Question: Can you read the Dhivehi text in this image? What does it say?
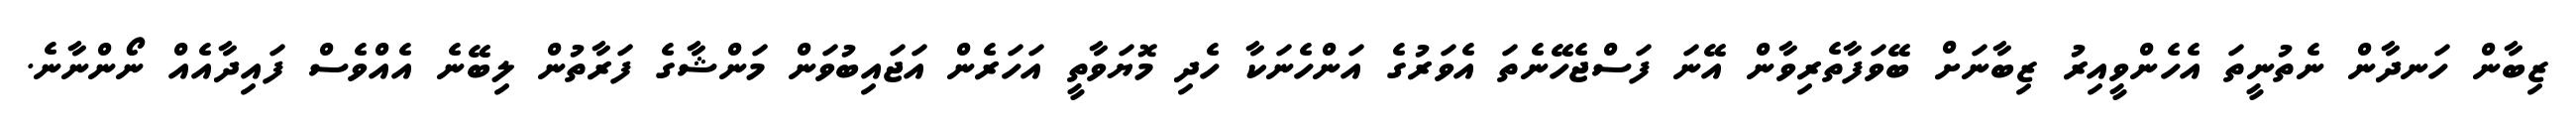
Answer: ޒިބާން ހަނދާން ނެތުނީތަ އެހެންވީއިރު ޒިބާނަށް ބޭވަފާތެރިވާން އޭނަ ފަސްޖެހޭނެތަ އެވަރުގެ އަންހެނަކާ ހެދި މޮޔަވާތީ އަހަރެން އަޖައިބުވަން މަންޝާގެ ފަރާތުން ލިބޭނެ އެއްވެސް ފައިދާއެއް ނޯންނާނެ.